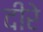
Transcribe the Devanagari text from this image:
दीरे